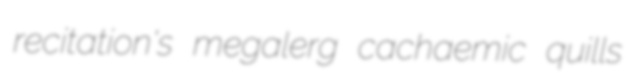
recitation's megalerg cachaemic quills